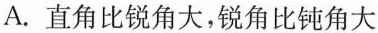
A.直角比锐角大，锐角比钝角大